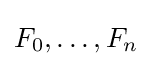
F_{0},\ldots ,F_{n}